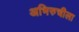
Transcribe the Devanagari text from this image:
अभिरुचीला